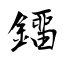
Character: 鐂